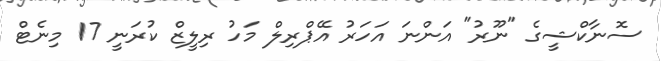
ސޮނާކްޝީގެ "ނޫރު" އަންނަ އަހަރު އޭޕްރިލް މަހު ރިލީޒް ކުރަނީ 17 މިނެޓް